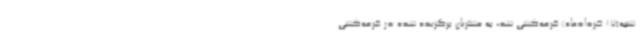
شنبه(17 خردادماه) قرعه‌کشی شد، به مشتریان برگزیده شده در قرعه‌کشی